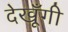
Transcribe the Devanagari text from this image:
देखूँगी